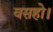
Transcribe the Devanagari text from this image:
वसहो।